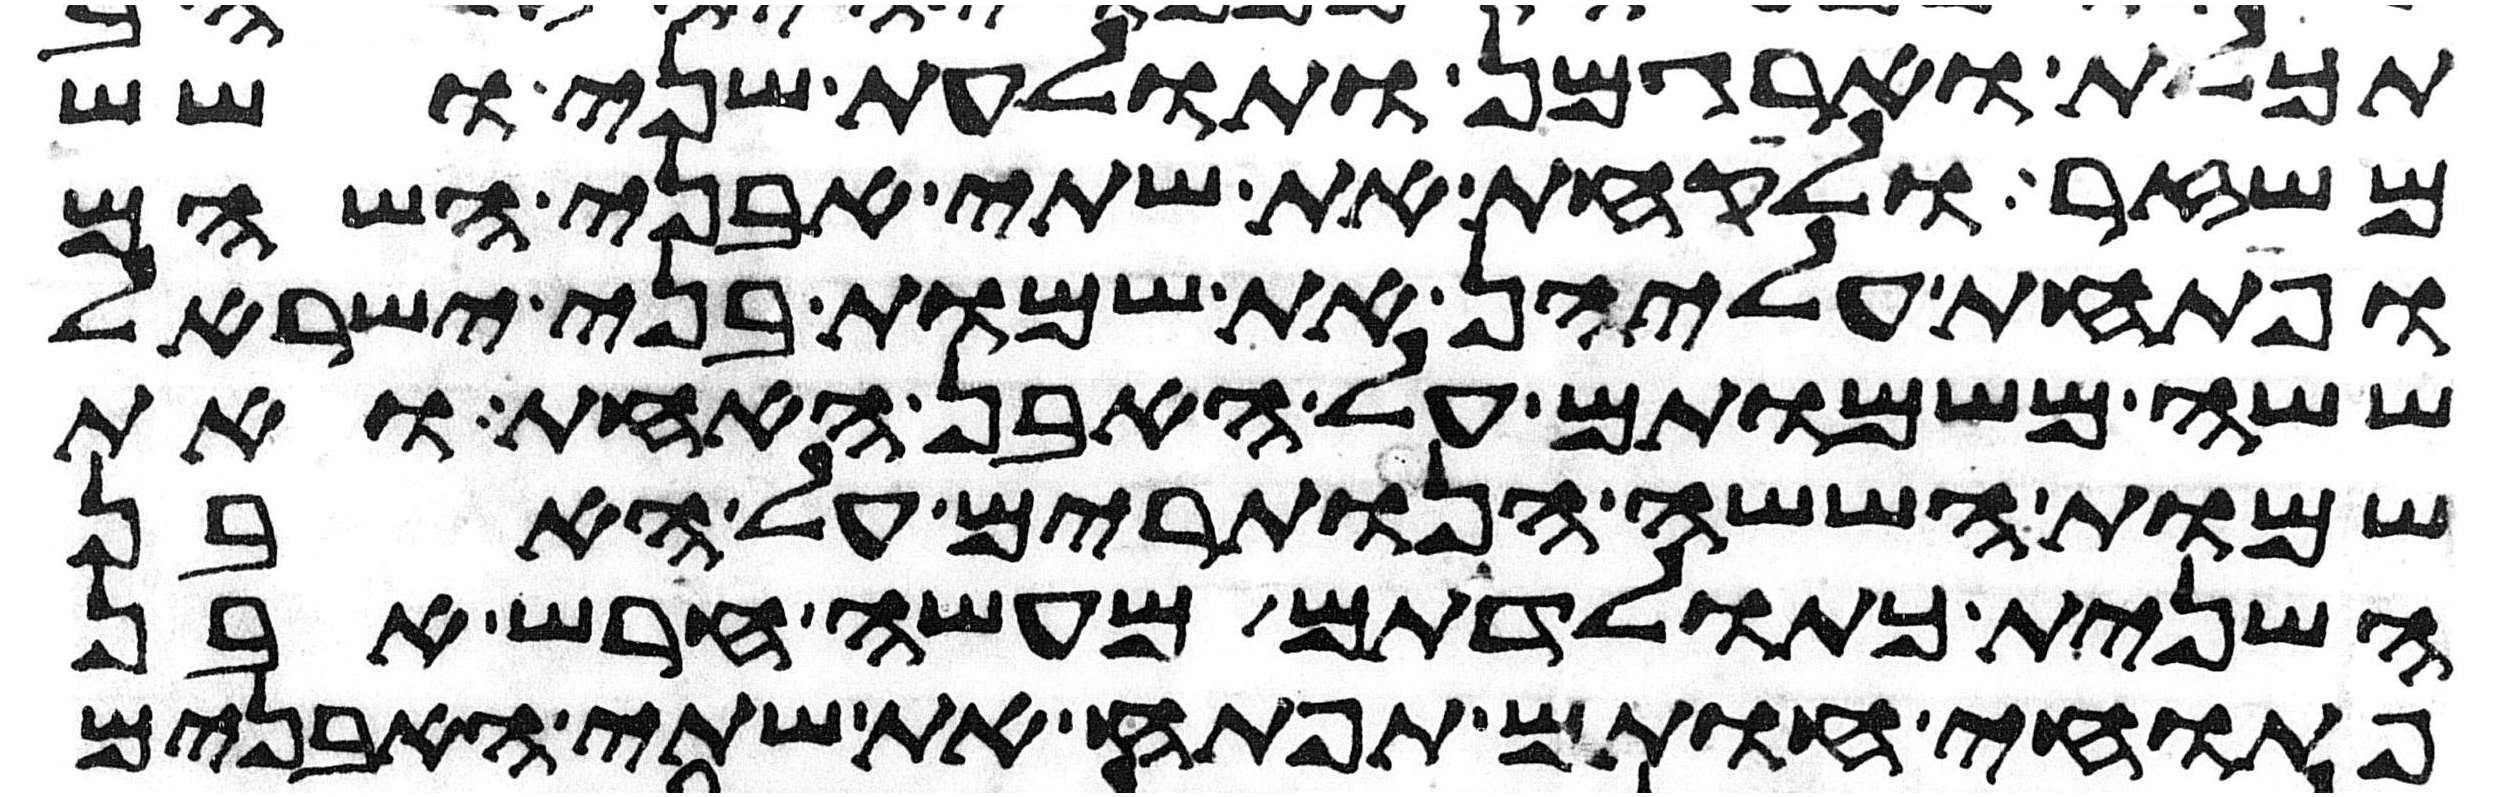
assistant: תכלת וארגמן ותולעת שני ושש
משזר ולקחת את שתי אבני השהם
ופתחת עליהן את שמות בני ישראל
ששה משמותם על האבן האחת ואת
שמות הששה הנותרים על האבן
השנית כתולדתם מעשה חרש אבן
פתוחי חותם תפתח את שתי האבנים